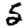
Digit: 5